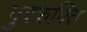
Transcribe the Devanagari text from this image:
पुररुक्ति